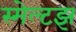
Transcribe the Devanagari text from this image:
स्मेल्टझ